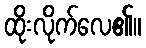
ထိုးလိုက်လေ၏။